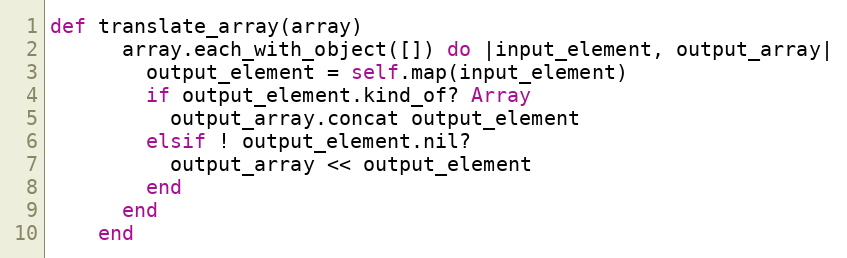
Language: Ruby
def translate_array(array)
      array.each_with_object([]) do |input_element, output_array|
        output_element = self.map(input_element)
        if output_element.kind_of? Array
          output_array.concat output_element
        elsif ! output_element.nil?
          output_array << output_element
        end
      end
    end